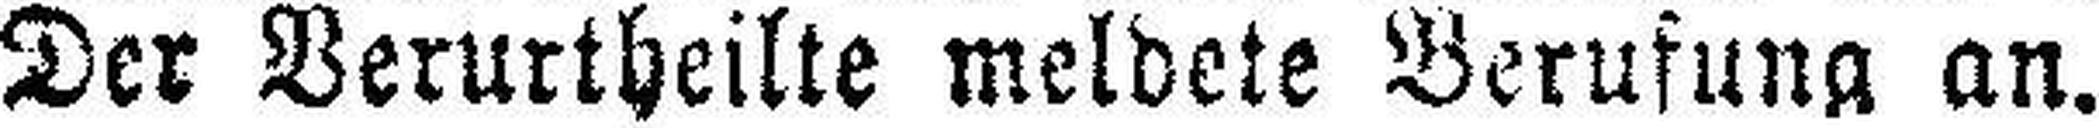
Der Verurtheilte meldete Berufung an.